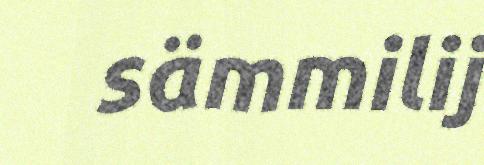
sämmilij